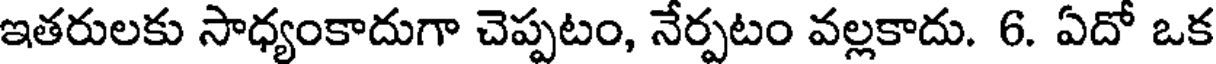
ఇతరులకు సాధ్యంకాదుగా చెప్పటం, నేర్పటం వల్లకాదు. 6. ఏదో ఒక